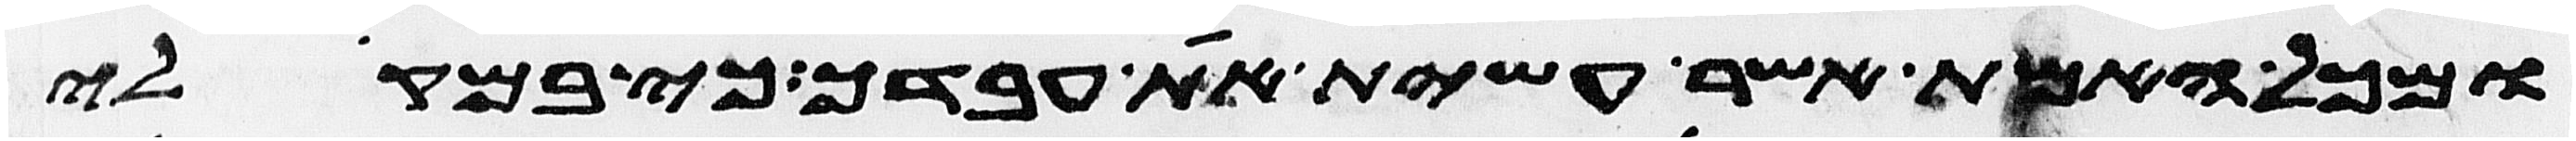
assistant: ומכל האמת אשר עשית את עבדך כי במקלי